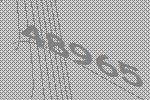
48965